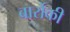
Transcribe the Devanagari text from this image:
बार्रोकी